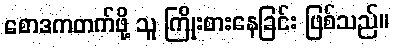
စောဒကတက်ဖို့ သူ ကြိုးစားနေခြင်း ဖြစ်သည်။